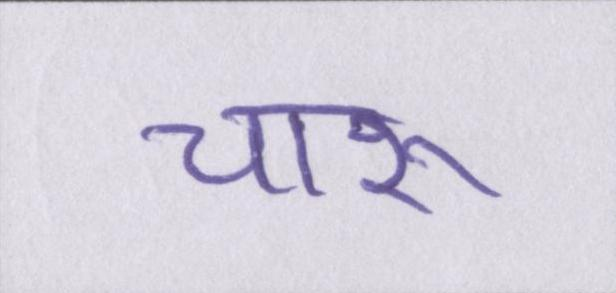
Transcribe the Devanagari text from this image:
चारू